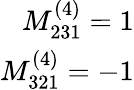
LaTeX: \begin{array}{r}{M_{231}^{(4)}=1}\\ {M_{321}^{(4)}=-1}\end{array}